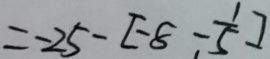
= - 2 5 - [ - 8 - \frac { 1 } { 5 } ]